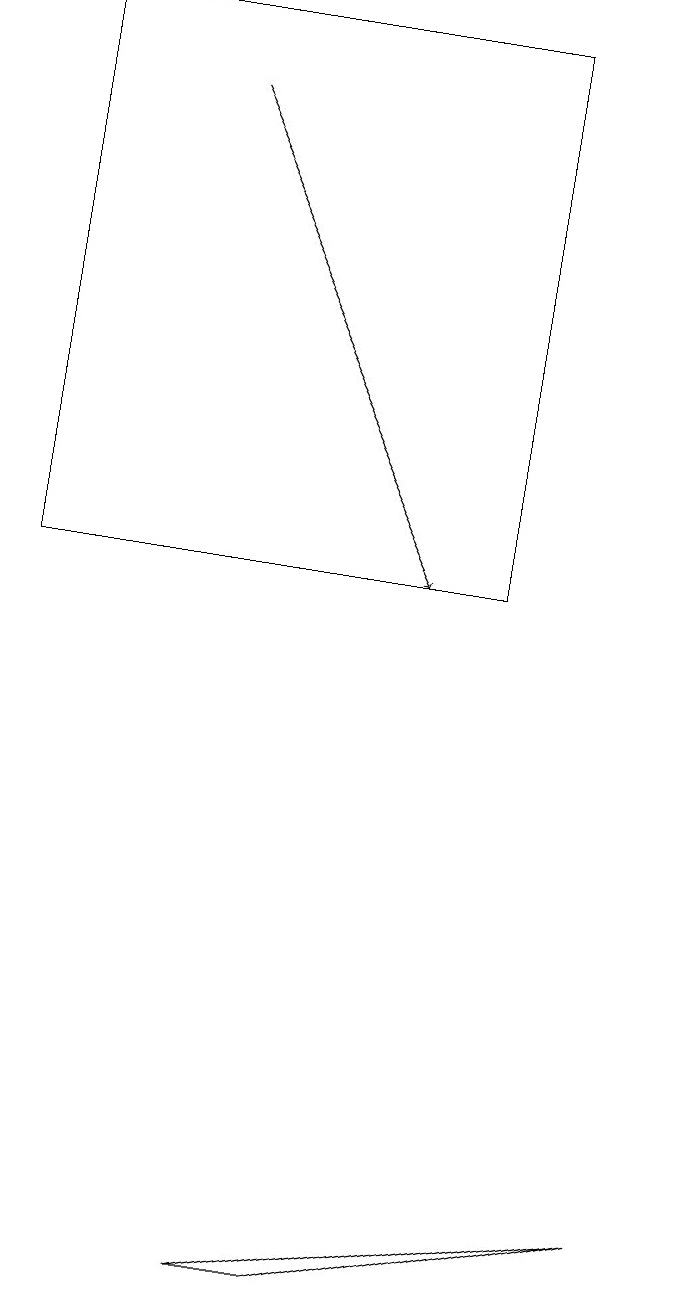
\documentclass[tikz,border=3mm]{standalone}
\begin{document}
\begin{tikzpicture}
\draw (1,18) rectangle (7,11);
\draw (5,2) -- (9,3) -- (4,2) -- cycle;
\draw[->] (3,17) -- (6,11);
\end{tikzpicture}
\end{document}